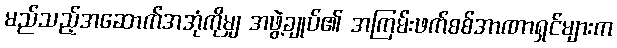
မည်သည့်အဆောက်အအုံကိုမျှ အဖွဲ့ချုပ်၏ အကြမ်းဖက်စစ်အာဏာရှင်များက